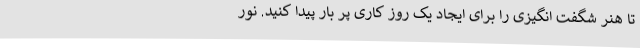
تا هنر شگفت انگیزی را برای ایجاد یک روز کاری پر بار پیدا کنید. نور